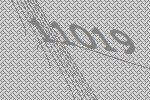
11019